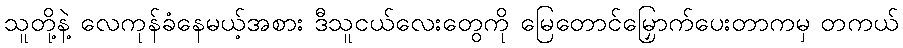
သူတို့နဲ့ လေကုန်ခံနေမယ့်အစား ဒီသူငယ်လေးတွေကို မြေတောင်မြှောက်ပေးတာကမှ တကယ်